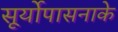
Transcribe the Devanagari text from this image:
सूर्योपासनाके